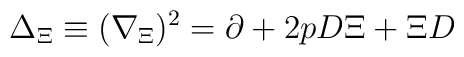
\Delta_{\Xi} \equiv (\nabla_{\Xi})^{2} = \partial + 2p D\Xi + \Xi D